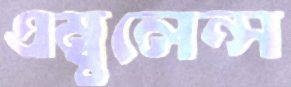
এম্বুলেন্স